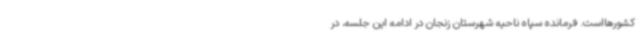
کشورهااست. فرمانده سپاه ناحیه شهرستان زنجان در ادامه این جلسه، در